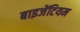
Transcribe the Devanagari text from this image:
बाइजेंटियम